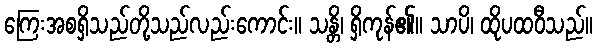
ကြေးအစရှိသည်တို့သည်လည်းကောင်း။ သန္တိ၊ ရှိကုန်၏။ သာပိ၊ ထိုပထဝီသည်။